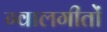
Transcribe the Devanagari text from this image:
ग्वालगीतों